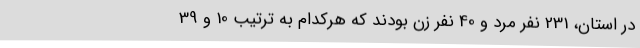
در استان، 231 نفر مرد و 40 نفر زن بودند که هرکدام به ترتیب 10 و 39